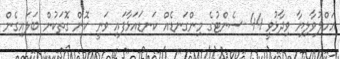
އަހްލުވާލިޔާ ވިދާޅުވީ 44 ސެންޓުގެ މިންގަނޑެއް ކަނޑައަޅާފައި ވަނީ ކޮން ގޮތަކުން ބަލައިގެން